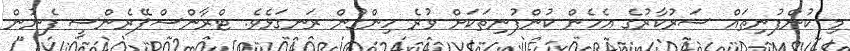
މި ކުންފުނިތައް ސަރުކާރުގެ އެހެން ކުންފުނިތަކަށް ވުރެ ހިންގުން ރަނގަޅެވެ. ޓްރާންސްޕޭރެންސީ ފެނުން